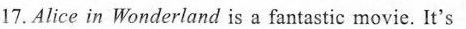
17.Alice in Wonderland is a fantastic movie. It's